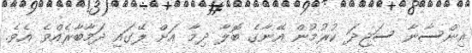
އިންސާނާ ސަޖިދަ ކުރުމުން އޭނާގެ ބޮލާ ދިމާ އަށް ލޭގައި ދަމާބާރެއްވެ އެވެ.